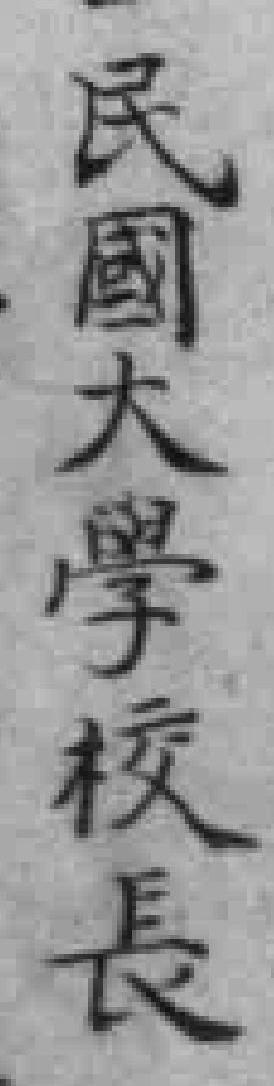
民國大學校長